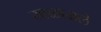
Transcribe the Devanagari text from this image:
खळाळले